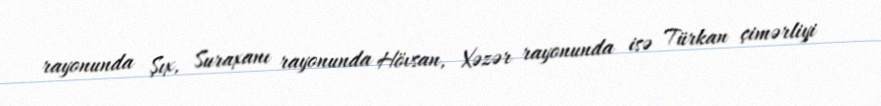
rayonunda Şıx, Suraxanı rayonunda Hövsan, Xəzər rayonunda isə Türkan çimərliyi